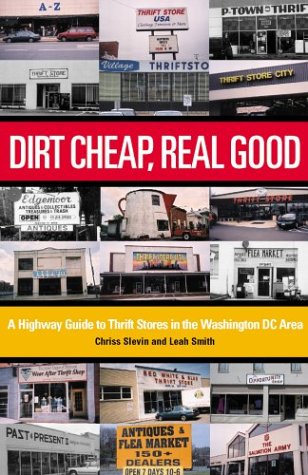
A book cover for Dirt Cheap, Real Good: A Highway Guide to Thrift Stores in the Washington DC Area (Washington Weekends); Chriss Slevin; Travel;